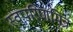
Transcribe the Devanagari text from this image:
स्वपरिणमित्र